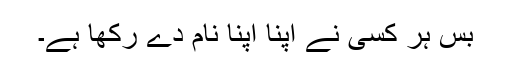
بس ہر کسی نے اپنا اپنا نام دے رکھا ہے۔